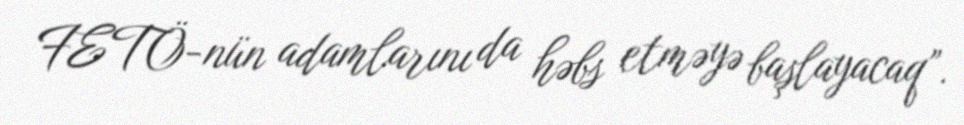
FETÖ-nün adamlarını da həbs etməyə başlayacaq”.